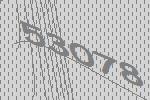
53078